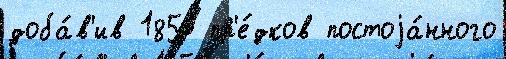
доба́в'ив 1850 пр'е́дков постоjа́нного